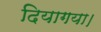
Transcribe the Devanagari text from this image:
दियागया।